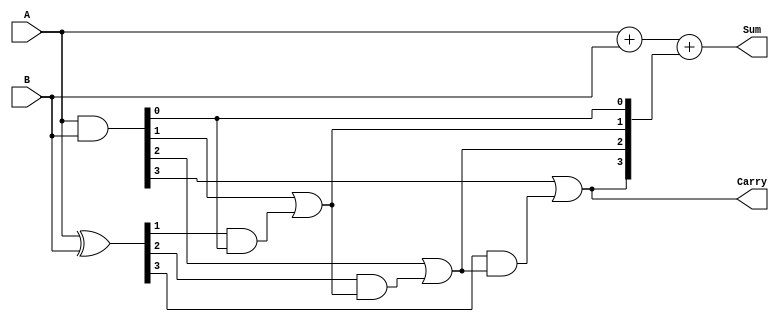
module CarryLookAheadAdder(input [3:0] A, B,
                            output [4:0] Sum,
                            output Carry) ;

  wire [3:0] P, G;
  wire [4:0] C;

  assign P = A ^ B;
  assign G = A & B;
  assign C[0] = 0;
  assign C[1] = G[0] | (P[0] & C[0]);
  assign C[2] = G[1] | (P[1] & C[1]);
  assign C[3] = G[2] | (P[2] & C[2]);
  assign C[4] = G[3] | (P[3] & C[3]);
  
  assign Sum = A + B + C[1:4];
  assign Carry = C[4];

endmodule